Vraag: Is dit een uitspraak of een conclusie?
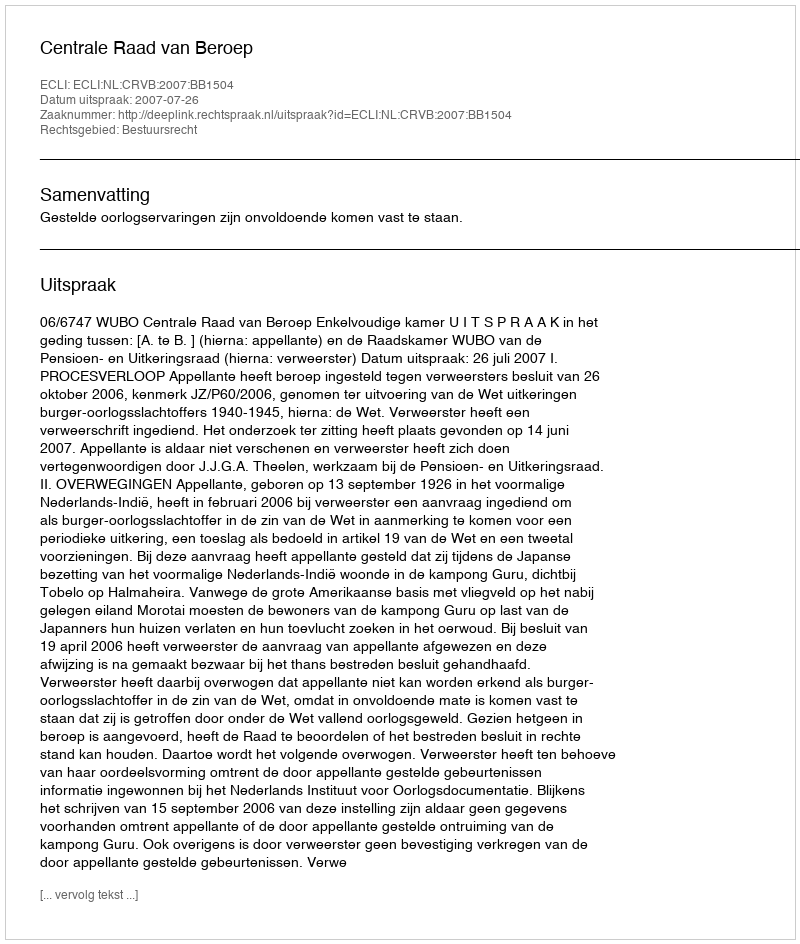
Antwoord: Uitspraak